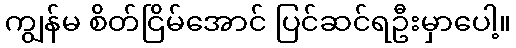
ကျွန်မ စိတ်ငြိမ်အောင် ပြင်ဆင်ရဦးမှာပေါ့။